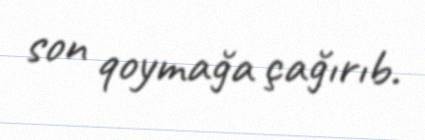
son qoymağa çağırıb.